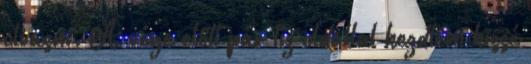
olvasni. A vége előtt pár tíz oldallal kezdtem kissé